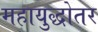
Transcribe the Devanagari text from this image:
महायुद्धोतर